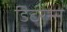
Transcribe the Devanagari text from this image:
डिटरेन्स